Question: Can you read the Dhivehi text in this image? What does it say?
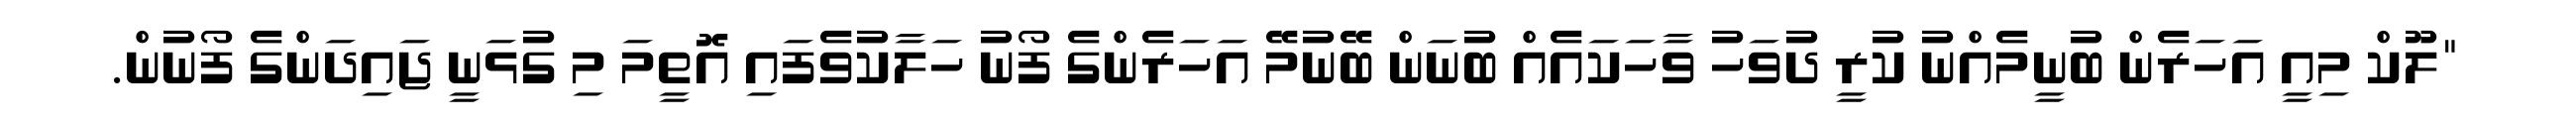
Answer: "ލޫކް މިއީ އަހަރެން ބުނީމެއްނު ކުރީ ދުވަހު ވާހަކައެއް ބުނަން ބޭނުމޭ އަހަރެންގެ ފޯނު ހަލާކުވެފައި އޮތީމަ މި ގުޅަނީ ޖައިދަންގެ ފޯނުން.